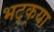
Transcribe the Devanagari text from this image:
भट्‌क्‌या